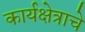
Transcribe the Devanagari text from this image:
कार्यक्षेत्राचे